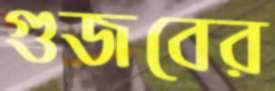
গুজবের